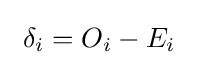
~\delta _{i}=O_{i}-E_{i}~